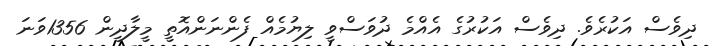
ދިވެސް އަކުރެވެ. ދިވެސް އަކުރުގެ އެއްމެ ދުވަސްވީ ލިޔުމެއް ފެންނަންއޮތީ މީލާދީން 1356ވަނަ